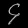
Digit: ၄